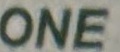
ONE